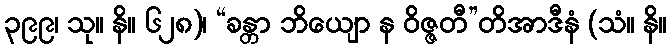
၃၉၉၊ သု။ နိ။ ၆၂၈)၊ “ခန္တာ ဘိယျော န ဝိဇ္ဇတီ”တိအာဒီနံ (သံ။ နိ။